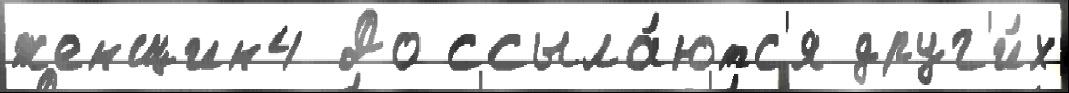
женщин4 До ссыла́ютс'я друг'и́х